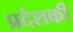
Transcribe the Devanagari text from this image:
प्रदेशकी